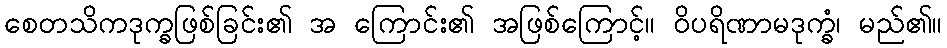
စေတသိကဒုက္ခဖြစ်ခြင်း၏ အ ကြောင်း၏ အဖြစ်ကြောင့်။ ဝိပရိဏာမဒုက္ခံ၊ မည်၏။